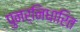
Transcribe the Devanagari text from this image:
पुनर्निधारित